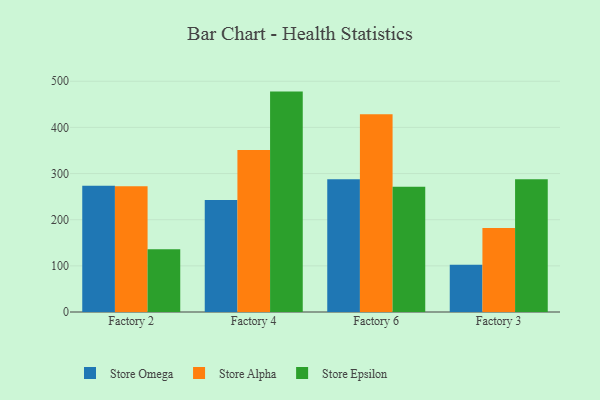
{"axis": {"x": "Factory", "y": "Page Views"}, "legend": ["Store Alpha", "Store Epsilon", "Store Omega"], "data": [{"x": "Factory 2", "y": 273.7, "type": "Store Omega"}, {"x": "Factory 2", "y": 272.5, "type": "Store Alpha"}, {"x": "Factory 2", "y": 136.2, "type": "Store Epsilon"}, {"x": "Factory 4", "y": 242.9, "type": "Store Omega"}, {"x": "Factory 4", "y": 350.9, "type": "Store Alpha"}, {"x": "Factory 4", "y": 477.6, "type": "Store Epsilon"}, {"x": "Factory 6", "y": 287.5, "type": "Store Omega"}, {"x": "Factory 6", "y": 428.5, "type": "Store Alpha"}, {"x": "Factory 6", "y": 271.4, "type": "Store Epsilon"}, {"x": "Factory 3", "y": 102.5, "type": "Store Omega"}, {"x": "Factory 3", "y": 181.9, "type": "Store Alpha"}, {"x": "Factory 3", "y": 287.8, "type": "Store Epsilon"}]}